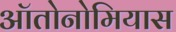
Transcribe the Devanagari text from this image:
ऑतोनोमियास